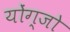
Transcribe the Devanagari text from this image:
योंग्जो